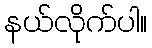
နယ်လိုက်ပါ။